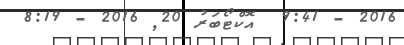
2016 - 9:41  އޮކްޓޯބަރު 20